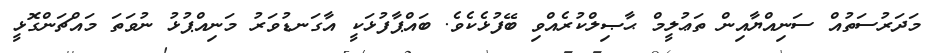
މަދަރުސަތުއް ސަނިއްޔާއިން ތަޢުލީމް ޙާޞިލްކުރެއްވި ބޭފުޅެކެވެ. ބައްޕާފުޅަކީ އާގަނޑުވަރު މަނިއްޕުޅު ނުވަތަ މައްޗަންގޮޅީ